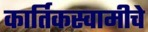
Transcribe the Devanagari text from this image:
कार्तिकस्वामीचे